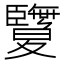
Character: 𦣵